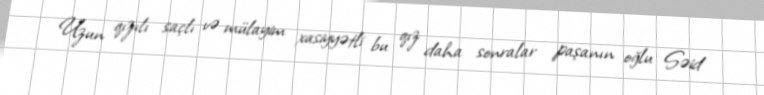
Uzun qızılı saçlı və mülayim xasiyyətli bu qız daha sonralar paşanın oğlu Səid